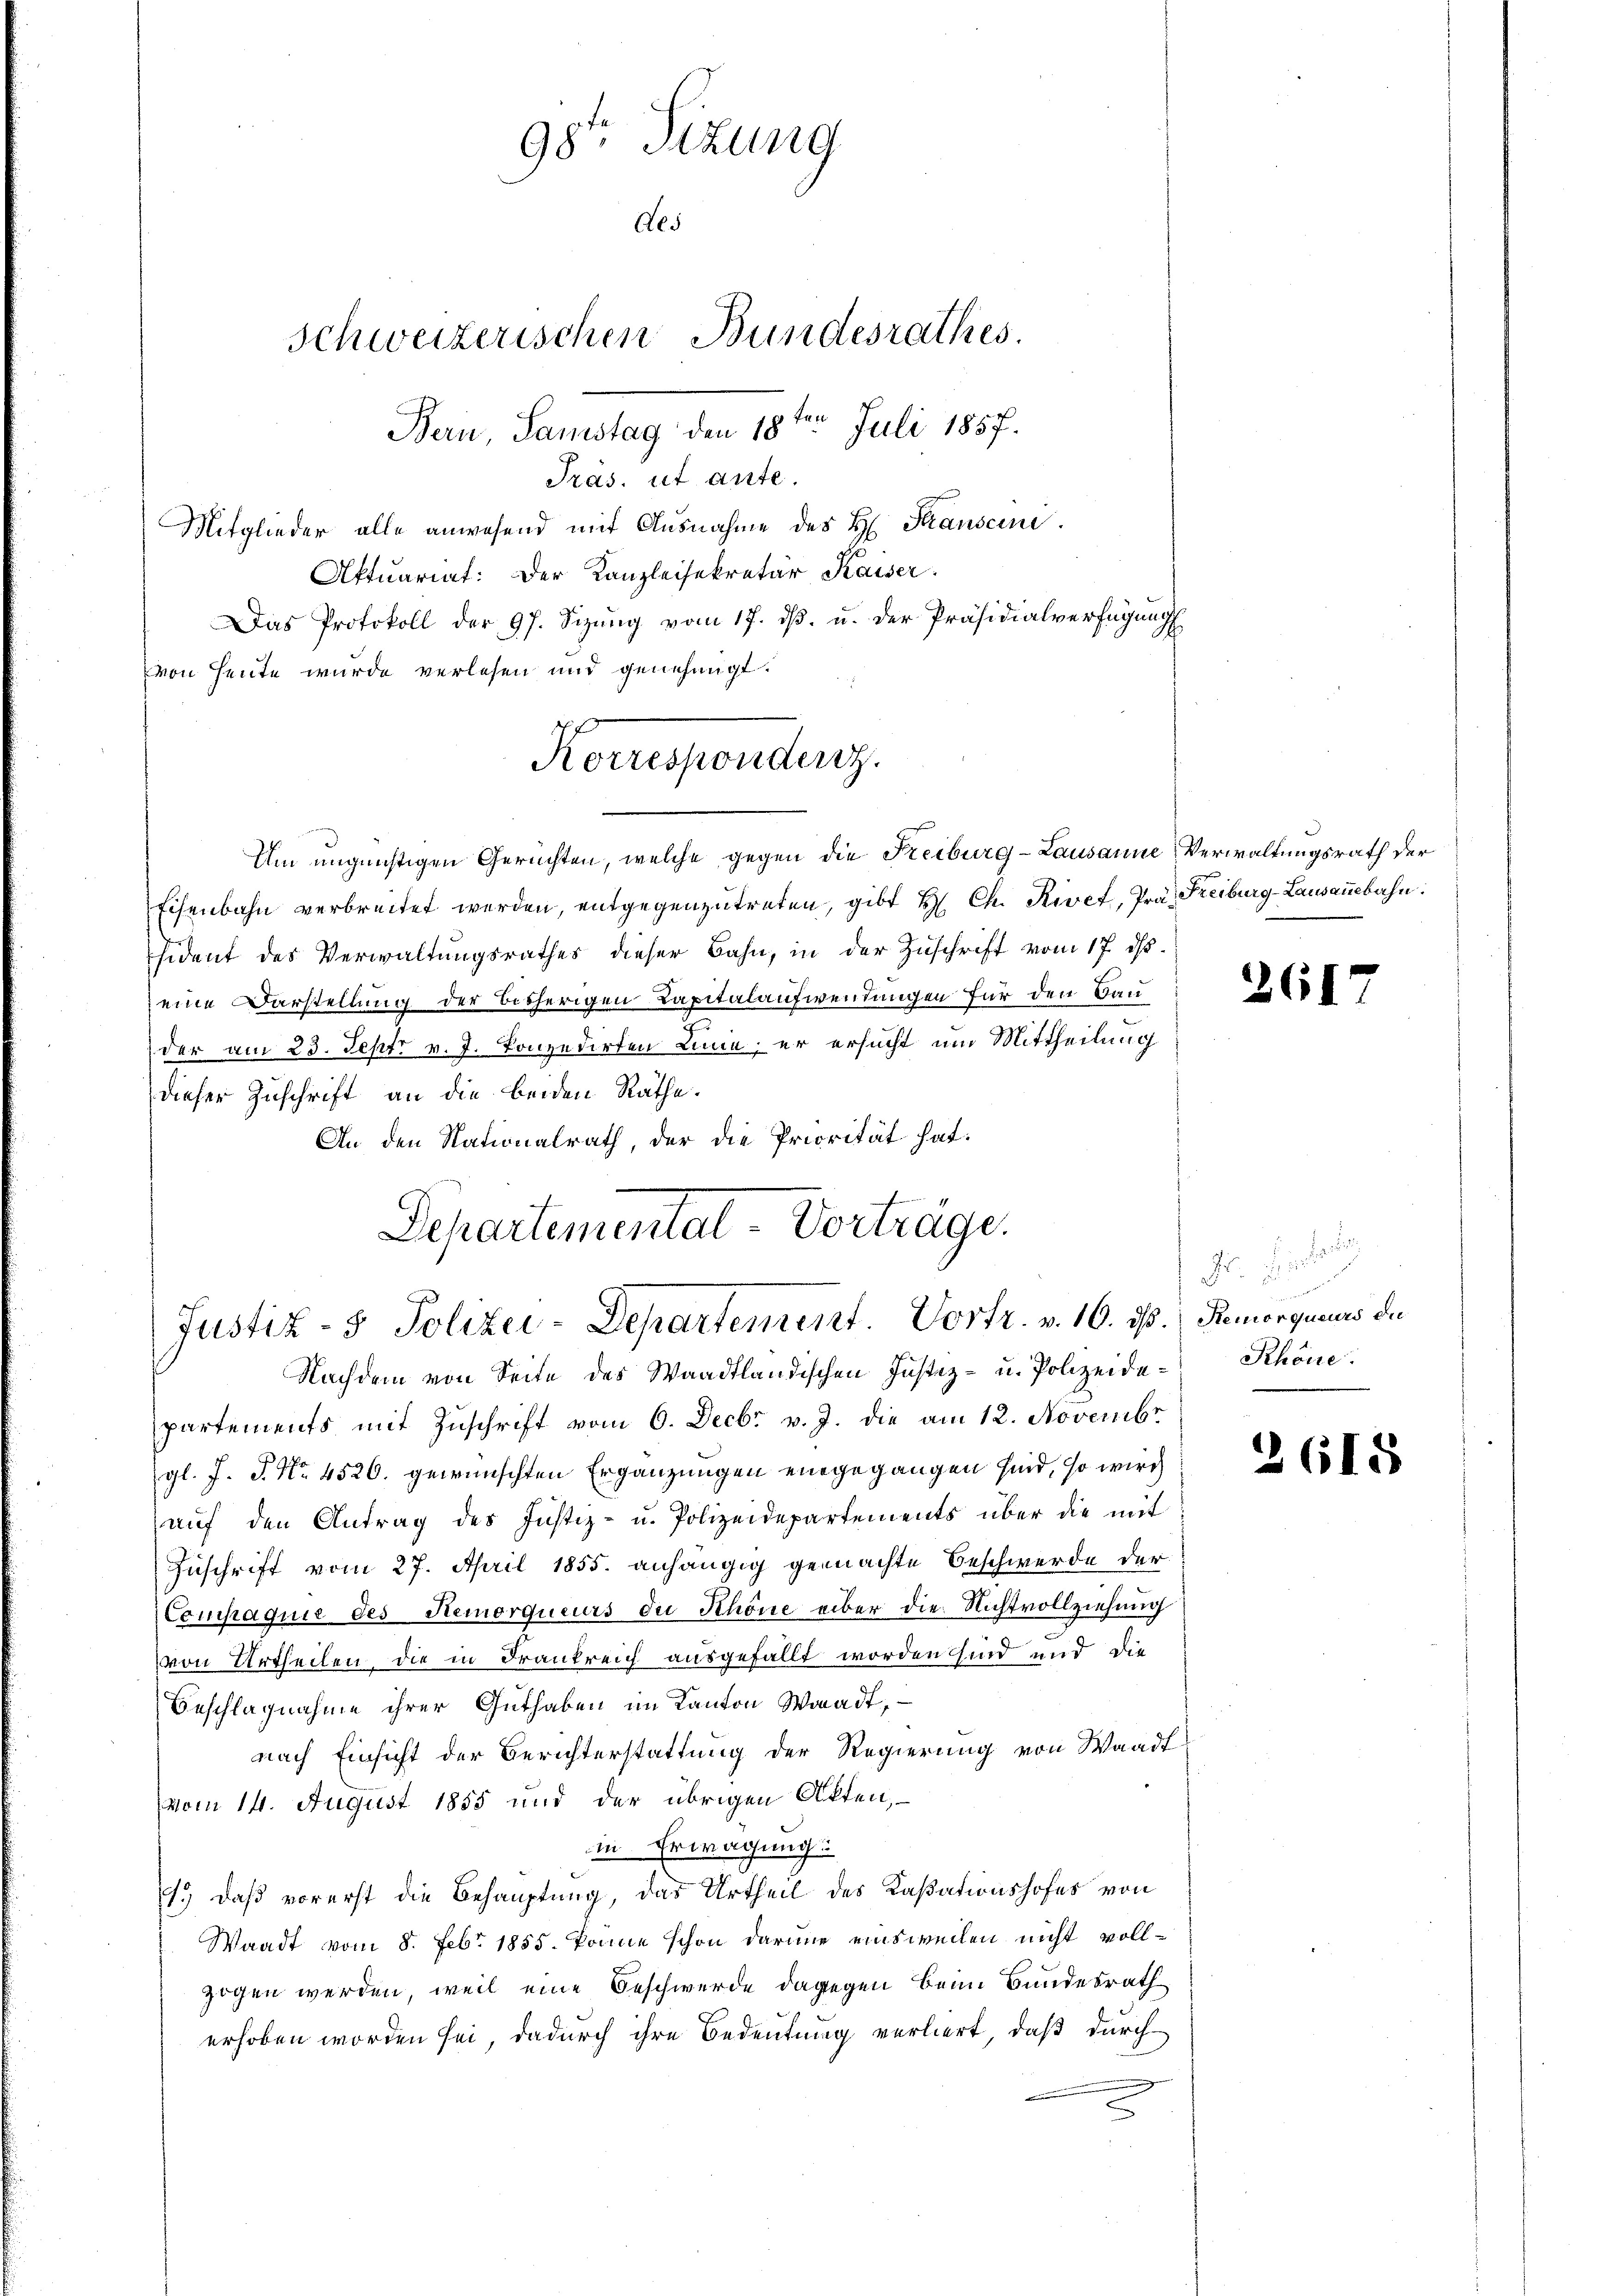
Pras. ist ante.
Mitglieder alle anwesend mit Ausnahme des H. Stranscini.
Aktuariat: Der Kanzleisekretär Kaiser
Das Protokoll der 97. Sizŭng vom 17. dβ. u. der Präsidialverfügung
von Heute wurde verlesen und genehmigt.
Eisenbahn verbreitet werden, entgegenzutreten, gibt H. Ch. Rivet, Prä- Freiburg-Lausanebahn.
sident des Verwaltungsrathes dieser Bahn, in der Zuschrift vom 17. d.
eine Darstellung der bisherigen Kapitalaufwendungen für den Bau¬
7.
der am 23. Sept v. J. Konzedirten Linie er ersucht um Mittheilung
dieser Zuschrift an die beiden Räthe.
An den Nationalrath, der die Priorität hat:
Departemental-Vorträge.

98te Sitzung
Aes
Schweizerischen Bundesrathes.
Bern, Samstag den 18te͇n Juli 1857.

Korresponderz
Um ungünstigen Gerichten, welche gegen die Freiburg-Lausanne Verwaltungsrath der

Nachdem von Seite des Waadtländischen Justiz- u. Polizeide-Schöne.
partements mit Zuschrift vom 6. Decbr v. J. die am 12. Novembr
gl. J. P. Nr. 4520. gewünschten Ergänzungen eingegangen sind, so wirch
auf den Antrag des Justiz- u. Polizeidepartements über die mit
Zuschrift vom 27. April 1855. anhängig gemachte Beschwerde der
Compagnie des Remorqueurs der Schöne über die Nichtvollziehung
von Urtheilen, die in Frankreich ausgefällt worden sind und die
Beschlagnahme ihrer Guthaben im Kanton Waadt,
nach Einsicht der Berichterstattung der Regierung von Waadt
vom 14. August 1855 und der übrigen Akten,
in Erwägung
11.) daß vorerst die Behauptung, das Urtheil des Kassationshofes von
Waadt vom 8. Febr. 1855. könne schon darine einsweilen nicht vollzogen werden, weil eine Beschwerde dagegen beim Bundesrath
erhoben worden sei, dadurch ihre Bedeutung verliert, daß durch

Justiz- & Polizei-Departement. Vortr. v. 16. ds. Remarqueurs die

261

Fr. Hinter

3615